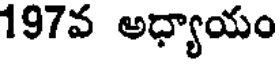
197వ అధ్యాయం